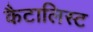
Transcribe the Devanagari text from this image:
कैटालिस्ट